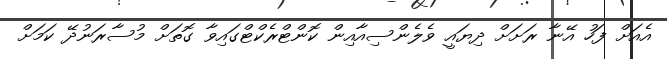
އެއަށް ފަހު އޭނާ ރަށަށް ދިޔައީ ވެލެންސިއާއިން ކޮންޓްރެކްޓްގައިވާ ގޮތަށް މުސާރަނުދޭ ކަމަށް